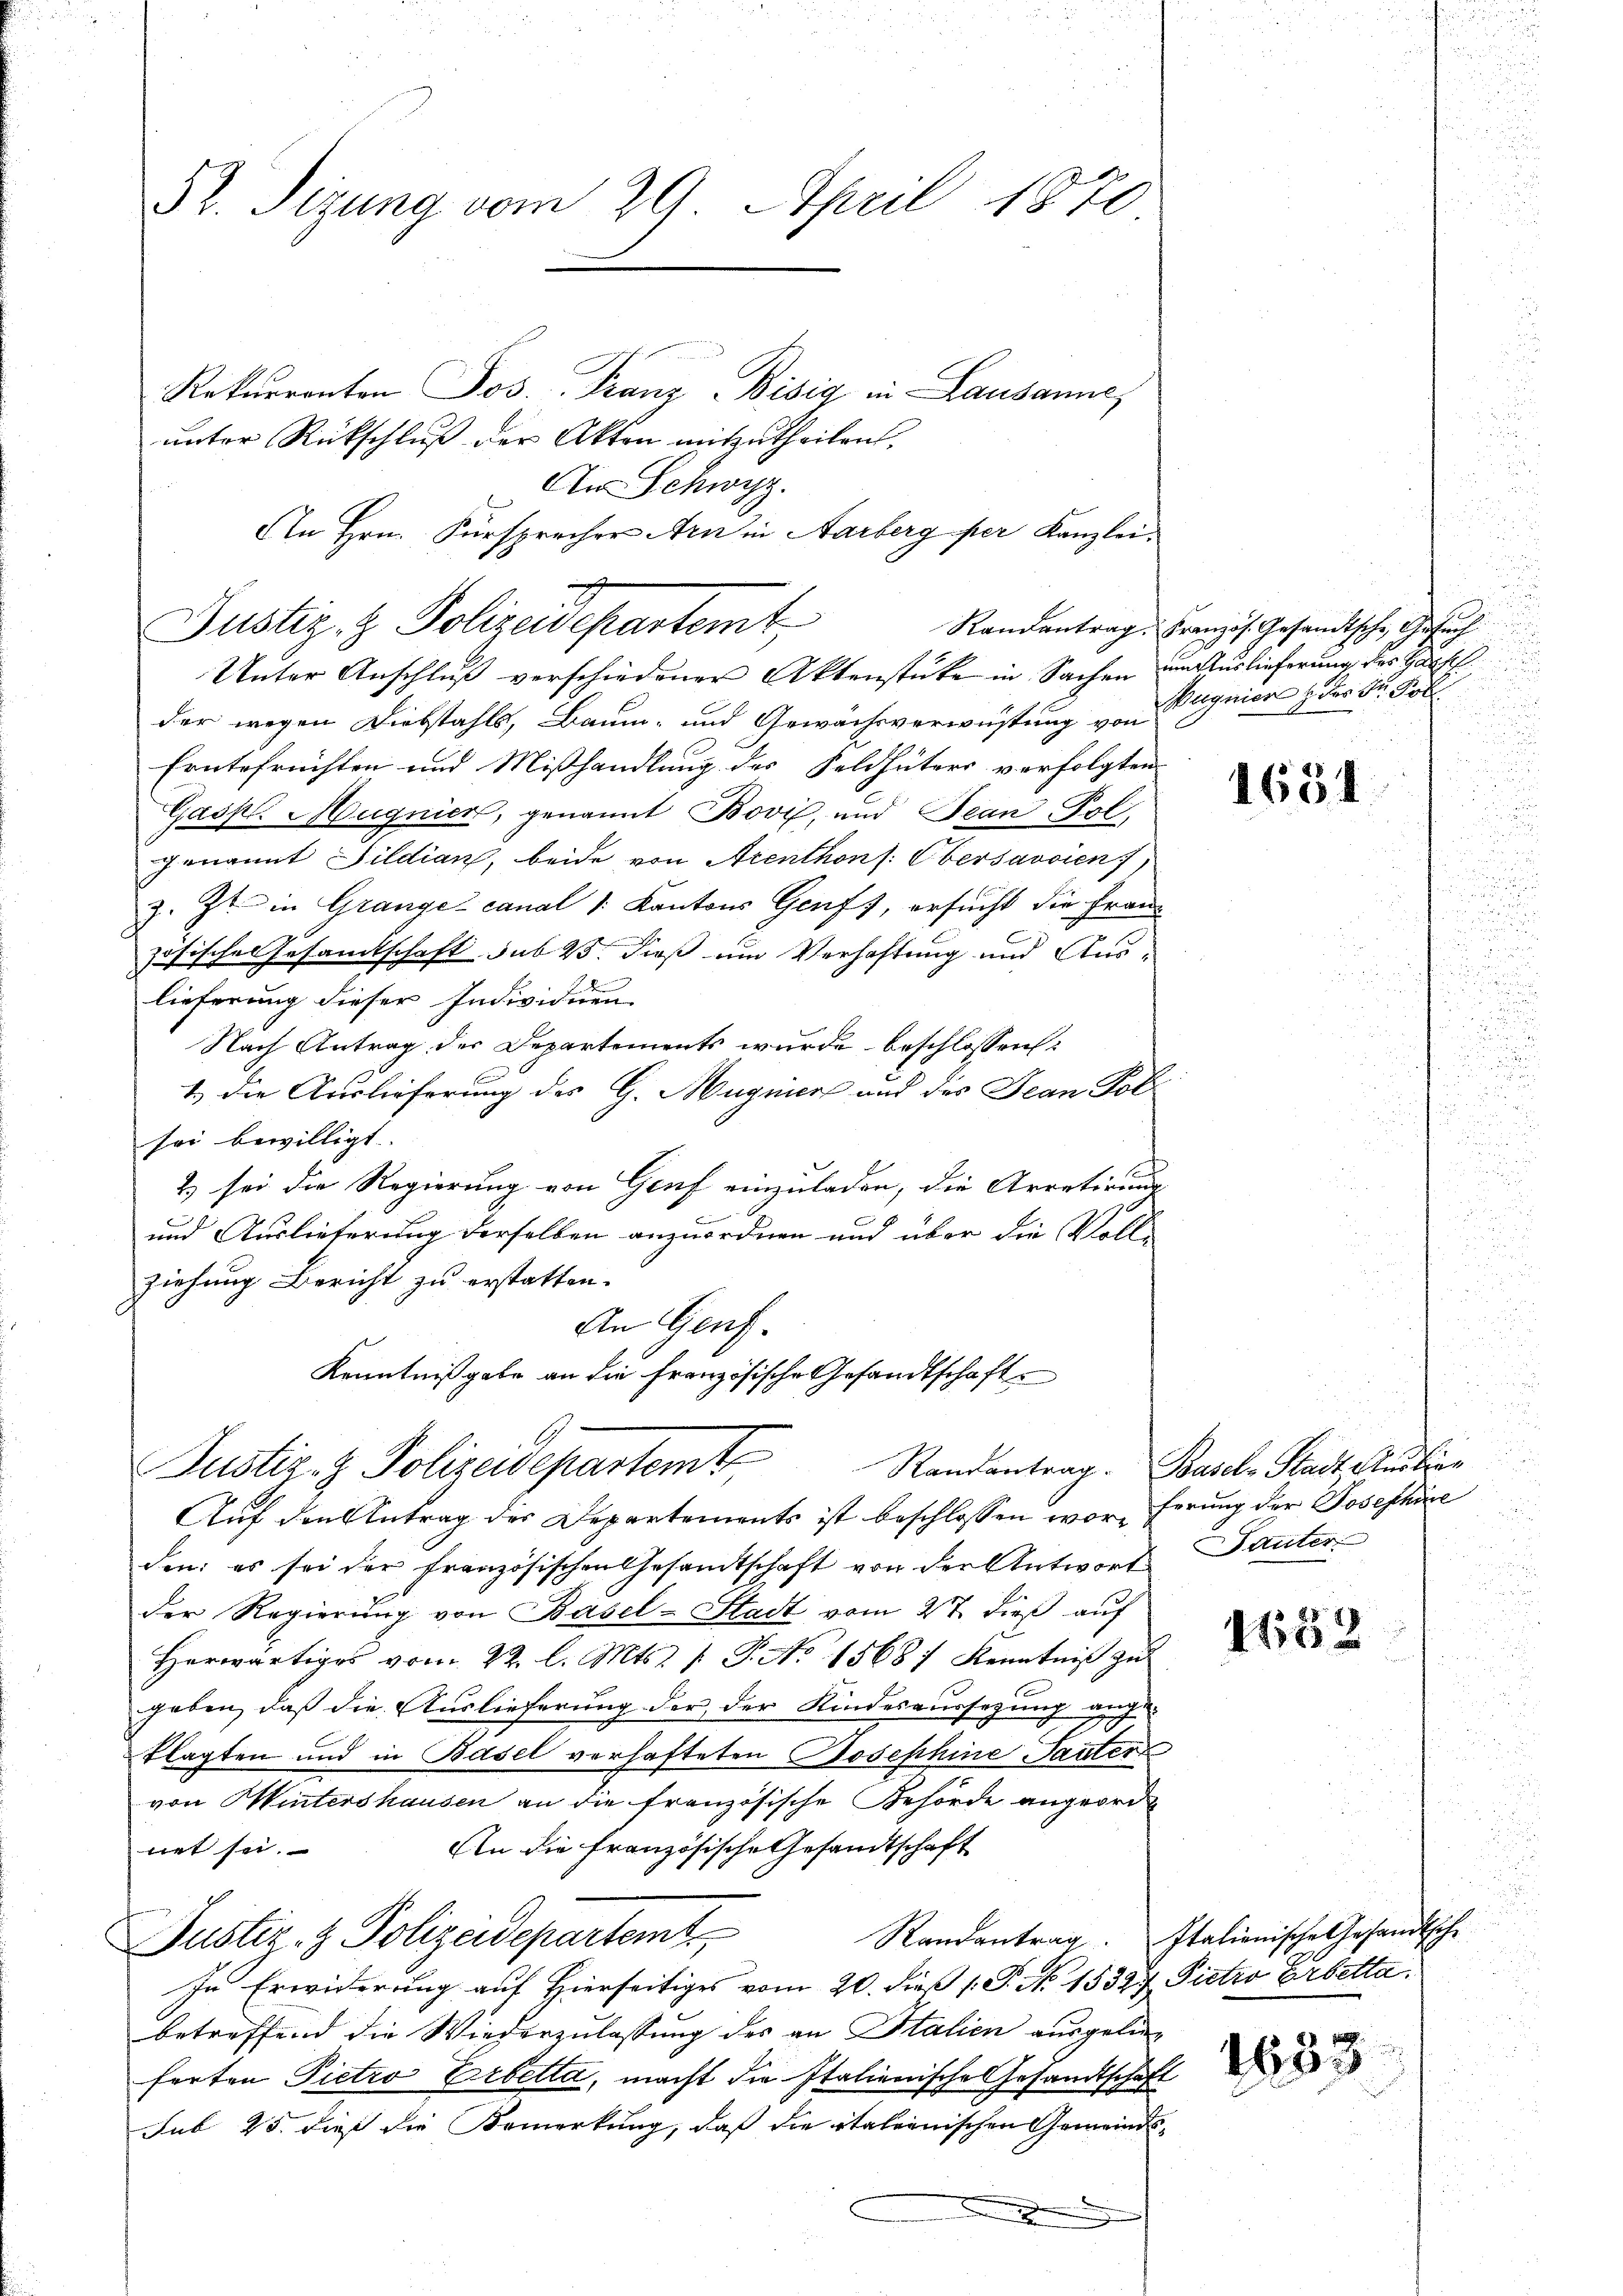
52. Sizung vom 29. April 1870

Rekŭrrenten Jos. Franz Bisig in Lausanne,
unter Rückschluß der Akten mitzutheilen.
Unter Anschluß verschiedener Aktenstücke in Sachen um Auslieferung des Haush
der wegen Diebstahls, Baum- und Gewächsverwüstung von
Erntefrüchten und Mißhandlung des Feldhüters verfolgten
Gassl. Magnier, genannt Bovil, und Jean Pol
genannt Sildian, beide von Arenthons: Obersavsien f
z. Zt. in Granze canal /: Kantons Genf, ersucht die Frauzösisches Gesamtschaft sub 25. dieß um Verhaftung und Auslieferung dieser Individuen.
Nach Antrag der Departements wurde beschlossen:
1.) Die Auslieferung des G. Magniere und des Jean Fol
sei bewilligt. |
2) sei die Regierung von Genf einzuladen, die Arretirung
und Auslieferung derselben anzuordnen und über die Voll-
ziehung Bericht zu erstatten.
An Genf.
Kenntnißgabe an die französische Gesandtschaft
Justiz- & Polizeidepartem Randantrag. Basel, Stadt Ausbrun
Auf den Antrag der Departements ist beschlossen worderung der Josephäre
den: es sei der französischen Gesamtschaft von der Antwort
der Regierŭng von Basel-Stadt vom 27. dieß auf
Herwärtiges vom 22. l. Mts. 1. P. No 15687 Kenntniß zu
geben, daß die Auslieferung der der Kindesaussetzung angeklagten und in Basel verhafteten Josephine Tanter
von Wintershausen an die französische Behörde angeord¬
An die Französische Gesandtschaft
net sei.
Justiz- & Polizeidepartemt
In Erwiderung auf Hierseitiges vom 20. dieß 1. P. Nr. 15327 Pietro Erbettabetreffend die Wiederzulassung des an Italien ausgeliefarten Pietro Erbetta, macht die Italienische Gesandtschaft
Sub 25. dieß die Bemerkung, daß die italienischen Gemeinds¬
.

An Schwyz.
An Hrn. Fürsprecher Arn in Aarberg per Kanzlei.
e
Justiz- & Polizeidepartemt

Randantrag. Französ. Gesandtsche Gesuch
.
Wagnier der der Pol
.

1634

28
Sauter

3 S. 7
1102

Randantrag. Italienische Gesandtsche